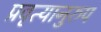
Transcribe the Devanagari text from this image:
प्रवृत्यानुरुप